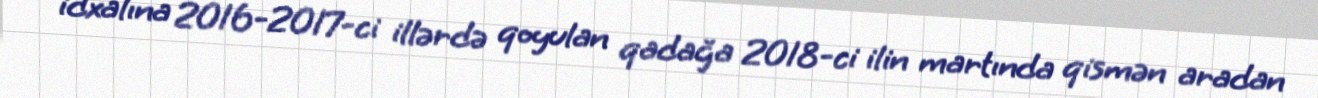
idxalına 2016-2017-ci illərdə qoyulan qadağa 2018-ci ilin martında qismən aradan